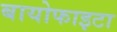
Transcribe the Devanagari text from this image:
बायोफाइटा